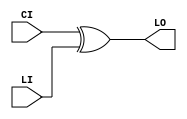
// $Header: /devl/xcs/repo/env/Databases/CAEInterfaces/verunilibs/data/unisims/XORCY_L.v,v 1.6 2007/05/23 21:43:44 patrickp Exp $
///////////////////////////////////////////////////////////////////////////////
// Copyright (c) 1995/2004 Xilinx, Inc.
// All Right Reserved.
///////////////////////////////////////////////////////////////////////////////
//   ____  ____
//  /   /\/   /
// /___/  \  /    Vendor : Xilinx
// \   \   \/     Version : 10.1
//  \   \         Description : Xilinx Functional Simulation Library Component
//  /   /                  XOR for Carry Logic with Local Output
// /___/   /\     Filename : XORCY_L.v
// \   \  /  \    Timestamp : Thu Mar 25 16:43:42 PST 2004
//  \___\/\___\
//
// Revision:
//    03/23/04 - Initial version.
//    05/23/07 - Changed timescale to 1 ps / 1 ps.

`timescale  1 ps / 1 ps


module XORCY_L (LO, CI, LI);

    output LO;

    input  CI, LI;

	xor X1 (LO, CI, LI);


endmodule